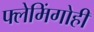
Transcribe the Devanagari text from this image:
फ्लेमिंगोही